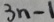
3 n - 1